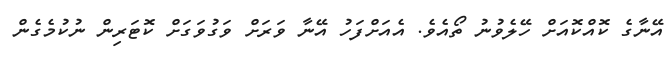
އޭނާގެ ކޮއްކޮއަށް ހޭލެވުނު ތޯއެވެ. އެއަށްފަހު އޭނާ ވަރަށް ވަގުވަގަށް ކޮޓަރިން ނުކުމެގެން